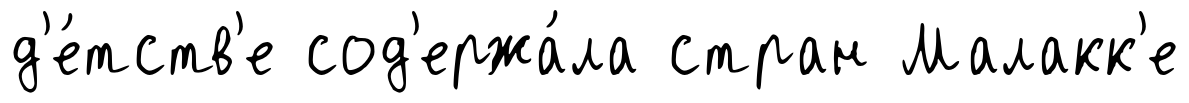
д'е́тств'е сод'ержа́ла стран Малакк'е